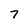
Character: 7